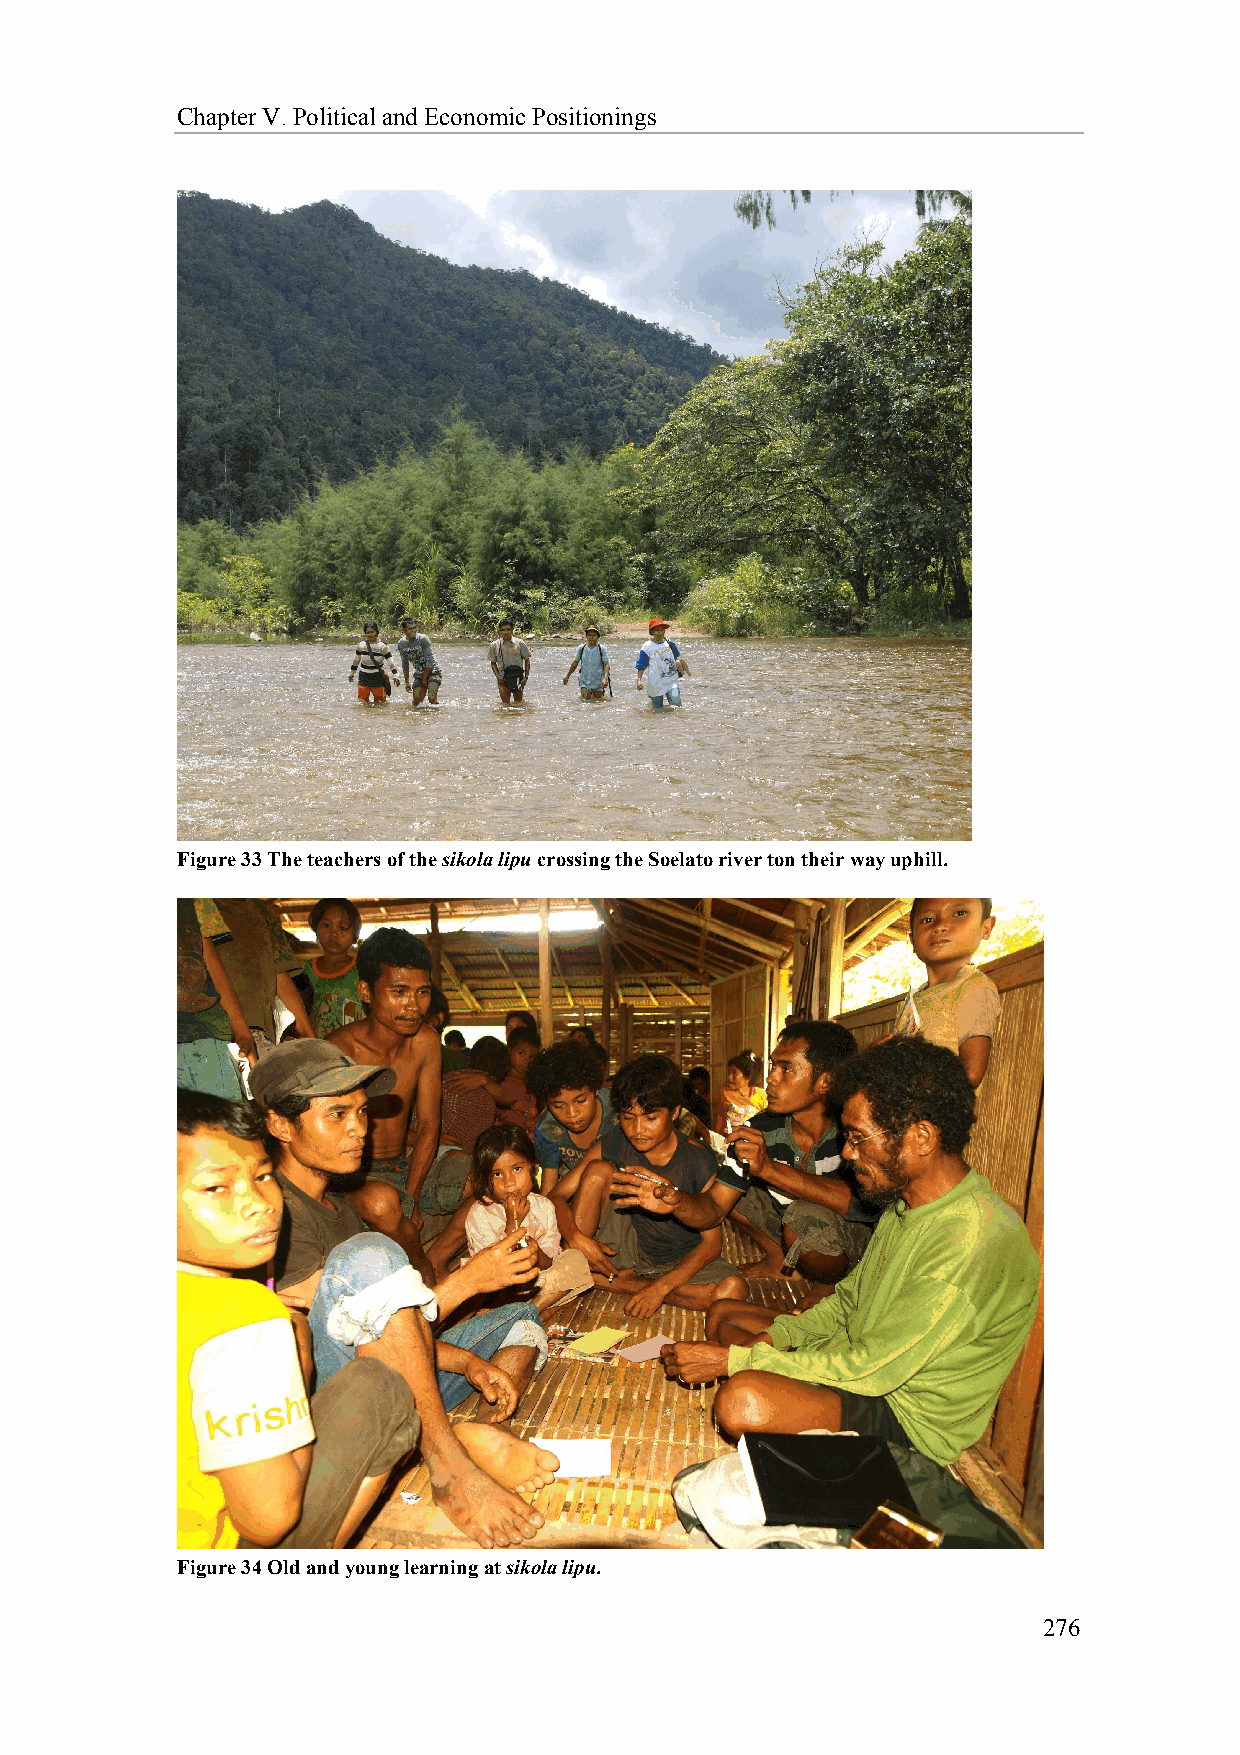
Chapter V. Political and Economic Positionings
 Figure 33 The teachers of the sikola lipu crossing the Soelato river ton their way uphill.
 Figure 34 Old and young learning at sikola lipu.
 276